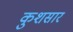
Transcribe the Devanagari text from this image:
कुशसार